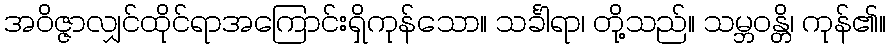
အဝိဇ္ဇာလျှင်ထိုင်ရာအကြောင်းရှိကုန်သော။ သင်္ခါရာ၊ တို့သည်။ သမ္ဘဝန္တိ၊ ကုန်၏။